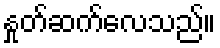
နှုတ်ဆက်လေသည်။